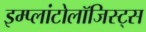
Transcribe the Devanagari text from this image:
इम्प्लांटोलॉजिस्ट्स